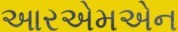
આરએમએન